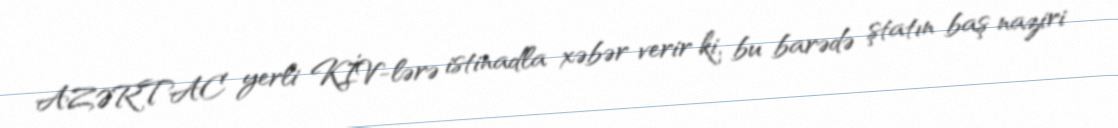
AZƏRTAC yerli KİV-lərə istinadla xəbər verir ki, bu barədə ştatın baş naziri